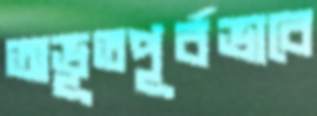
অভূতপূর্বভাবে